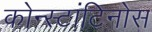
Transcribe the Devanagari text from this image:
कोन्स्टांटिनोस